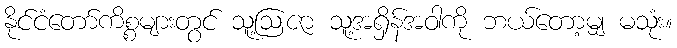
နိုင်ငံတော်ကိစ္စများတွင် သူ့ဩဇာ သူ့အရှိန်အဝါကို ဘယ်တော့မျှ မသုံး။